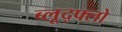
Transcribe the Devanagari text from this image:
ब्लूद्फ्लो